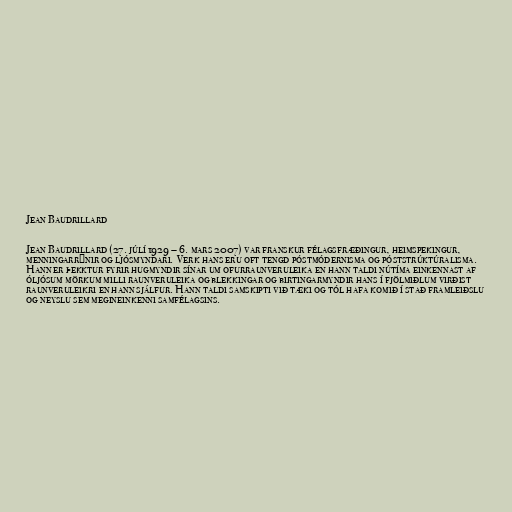
Jean Baudrillard

Jean Baudrillard (27. júlí 1929 – 6. mars 2007) var franskur félagsfræðingur, heimspekingur,
menningarrýnir og ljósmyndari. Verk hans eru oft tengd póstmódernisma og póststrúktúralisma.
Hann er þekktur fyrir hugmyndir sínar um ofurraunveruleika en hann taldi nútíma einkennast af
óljósum mörkum milli raunveruleika og blekkingar og birtingarmyndir hans í fjölmiðlum virðist
raunveruleikri en hann sjálfur. Hann taldi samskipti við tæki og tól hafa komið í stað framleiðslu
og neyslu sem megineinkenni samfélagsins.